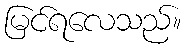
မြင်ရလေသည်။